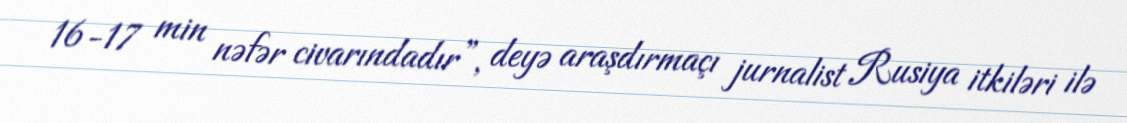
16-17 min nəfər civarındadır”, deyə araşdırmaçı jurnalist Rusiya itkiləri ilə